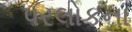
પરલોકના